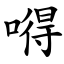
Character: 嘚